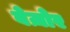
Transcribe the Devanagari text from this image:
बेज़ोर